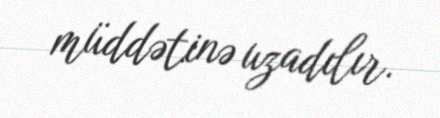
müddətinə uzadılır.